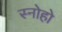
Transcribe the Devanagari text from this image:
स्नोहो